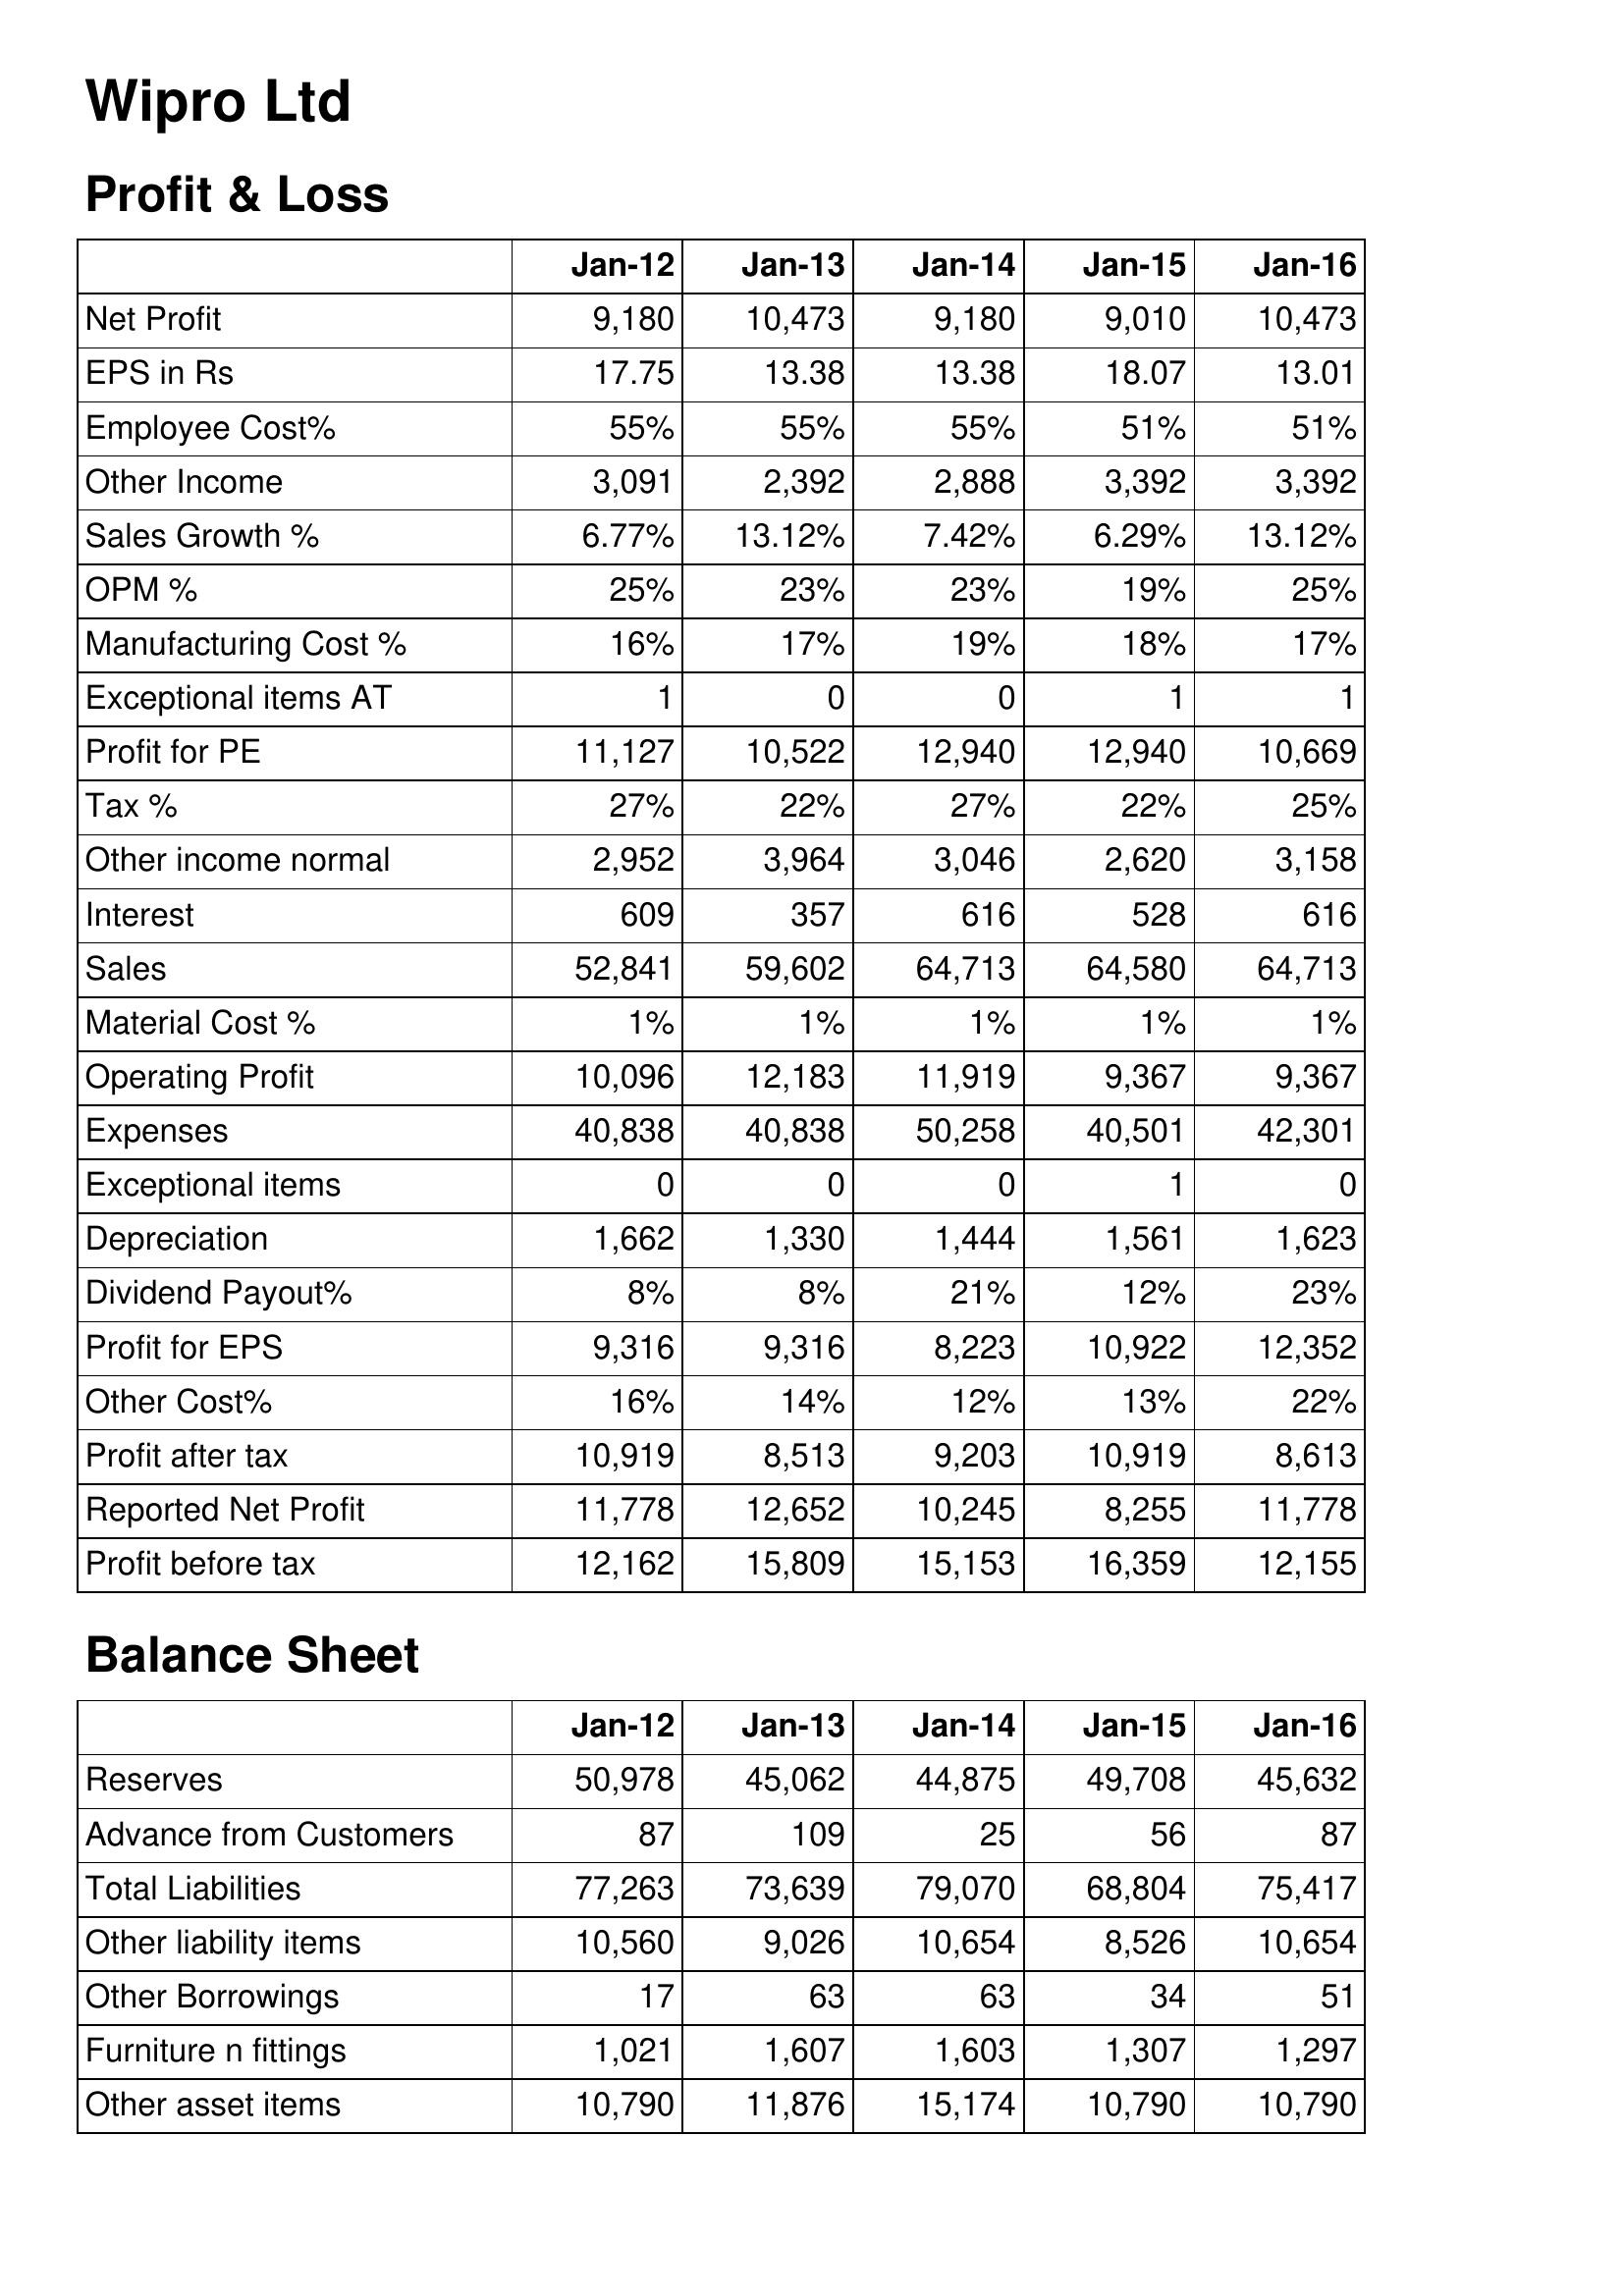
Jan-12: Profit & Loss: Net Profit: 9,180
EPS in Rs: 17.75
Employee Cost%: 55%
Other Income: 3,091
Sales Growth %: 6.77%
OPM %: 25%
Manufacturing Cost %: 16%
Exceptional items AT: 1
Profit for PE: 11,127
Tax %: 27%
Other income normal: 2,952
Interest: 609
Sales: 52,841
Material Cost %: 1%
Operating Profit: 10,096
Expenses: 40,838
Exceptional items: 0
Depreciation: 1,662
Dividend Payout%: 8%
Profit for EPS: 9,316
Other Cost%: 16%
Profit after tax: 10,919
Reported Net Profit: 11,778
Profit before tax: 12,162
Balance Sheet: Reserves: 50,978
Advance from Customers: 87
Total Liabilities: 77,263
Other liability items: 10,560
Other Borrowings: 17
Furniture n fittings: 1,021
Other asset items: 10,790
Jan-13: Profit & Loss: Net Profit: 10,473
EPS in Rs: 13.38
Employee Cost%: 55%
Other Income: 2,392
Sales Growth %: 13.12%
OPM %: 23%
Manufacturing Cost %: 17%
Exceptional items AT: 0
Profit for PE: 10,522
Tax %: 22%
Other income normal: 3,964
Interest: 357
Sales: 59,602
Material Cost %: 1%
Operating Profit: 12,183
Expenses: 40,838
Exceptional items: 0
Depreciation: 1,330
Dividend Payout%: 8%
Profit for EPS: 9,316
Other Cost%: 14%
Profit after tax: 8,513
Reported Net Profit: 12,652
Profit before tax: 15,809
Balance Sheet: Reserves: 45,062
Advance from Customers: 109
Total Liabilities: 73,639
Other liability items: 9,026
Other Borrowings: 63
Furniture n fittings: 1,607
Other asset items: 11,876
Jan-14: Profit & Loss: Net Profit: 9,180
EPS in Rs: 13.38
Employee Cost%: 55%
Other Income: 2,888
Sales Growth %: 7.42%
OPM %: 23%
Manufacturing Cost %: 19%
Exceptional items AT: 0
Profit for PE: 12,940
Tax %: 27%
Other income normal: 3,046
Interest: 616
Sales: 64,713
Material Cost %: 1%
Operating Profit: 11,919
Expenses: 50,258
Exceptional items: 0
Depreciation: 1,444
Dividend Payout%: 21%
Profit for EPS: 8,223
Other Cost%: 12%
Profit after tax: 9,203
Reported Net Profit: 10,245
Profit before tax: 15,153
Balance Sheet: Reserves: 44,875
Advance from Customers: 25
Total Liabilities: 79,070
Other liability items: 10,654
Other Borrowings: 63
Furniture n fittings: 1,603
Other asset items: 15,174
Jan-15: Profit & Loss: Net Profit: 9,010
EPS in Rs: 18.07
Employee Cost%: 51%
Other Income: 3,392
Sales Growth %: 6.29%
OPM %: 19%
Manufacturing Cost %: 18%
Exceptional items AT: 1
Profit for PE: 12,940
Tax %: 22%
Other income normal: 2,620
Interest: 528
Sales: 64,580
Material Cost %: 1%
Operating Profit: 9,367
Expenses: 40,501
Exceptional items: 1
Depreciation: 1,561
Dividend Payout%: 12%
Profit for EPS: 10,922
Other Cost%: 13%
Profit after tax: 10,919
Reported Net Profit: 8,255
Profit before tax: 16,359
Balance Sheet: Reserves: 49,708
Advance from Customers: 56
Total Liabilities: 68,804
Other liability items: 8,526
Other Borrowings: 34
Furniture n fittings: 1,307
Other asset items: 10,790
Jan-16: Profit & Loss: Net Profit: 10,473
EPS in Rs: 13.01
Employee Cost%: 51%
Other Income: 3,392
Sales Growth %: 13.12%
OPM %: 25%
Manufacturing Cost %: 17%
Exceptional items AT: 1
Profit for PE: 10,669
Tax %: 25%
Other income normal: 3,158
Interest: 616
Sales: 64,713
Material Cost %: 1%
Operating Profit: 9,367
Expenses: 42,301
Exceptional items: 0
Depreciation: 1,623
Dividend Payout%: 23%
Profit for EPS: 12,352
Other Cost%: 22%
Profit after tax: 8,613
Reported Net Profit: 11,778
Profit before tax: 12,155
Balance Sheet: Reserves: 45,632
Advance from Customers: 87
Total Liabilities: 75,417
Other liability items: 10,654
Other Borrowings: 51
Furniture n fittings: 1,297
Other asset items: 10,790